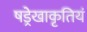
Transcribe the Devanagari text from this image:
षड्रेखाकृतियं